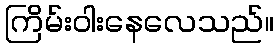
ကြိမ်းဝါးနေလေသည်။